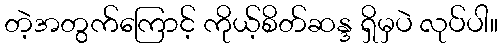
တဲ့အတွက်ကြောင့် ကိုယ့်စိတ်ဆန္ဒ ရှိမှပဲ လုပ်ပါ။